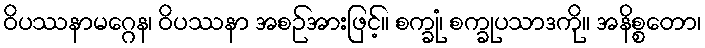
ဝိပဿနာမဂ္ဂေန၊ ဝိပဿနာ အစဉ်အားဖြင့်။ စက္ခုံ၊ စက္ခုပသာဒကို။ အနိစ္စတော၊